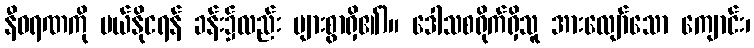
နီဝရဏကို ပယ်နိုငရန် ခန်း၌လည်း များစွာရှိ၏)။ ဒေါသစရိုက်ရှိသူ အားလျော်သော ကျောင်း၊